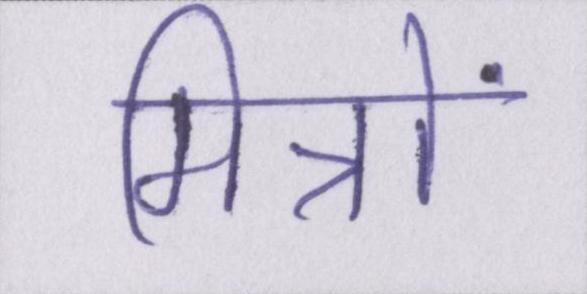
मित्रों